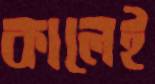
কালেই